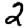
Digit: 2